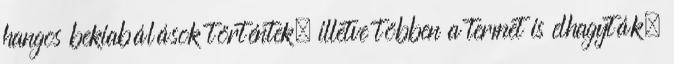
hangos bekiabálások történtek, illetve többen a termet is elhagyták.